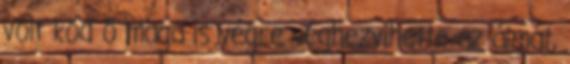
volt köd ő maga is végre véghezvihette az álmát,